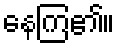
နေကြ၏။